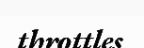
throttles